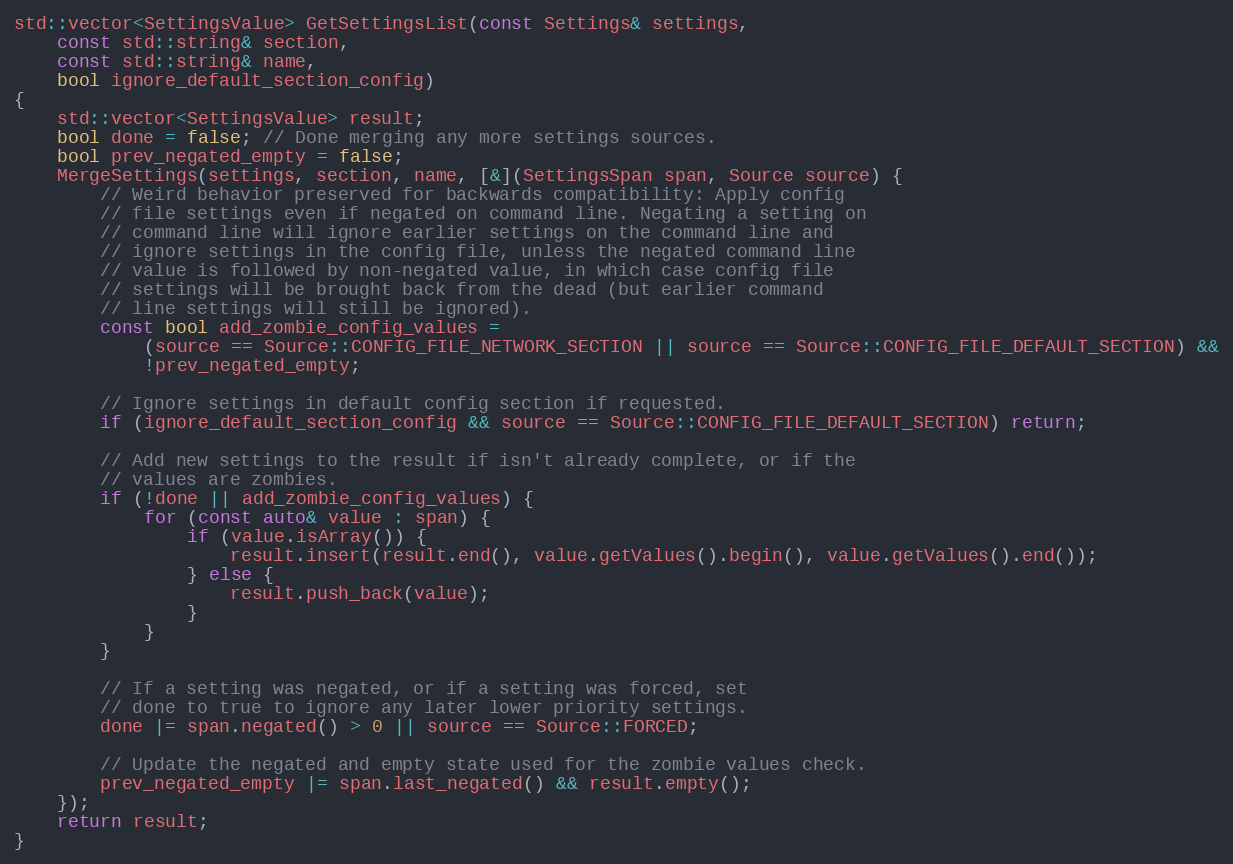
Language: C++
std::vector<SettingsValue> GetSettingsList(const Settings& settings,
    const std::string& section,
    const std::string& name,
    bool ignore_default_section_config)
{
    std::vector<SettingsValue> result;
    bool done = false; // Done merging any more settings sources.
    bool prev_negated_empty = false;
    MergeSettings(settings, section, name, [&](SettingsSpan span, Source source) {
        // Weird behavior preserved for backwards compatibility: Apply config
        // file settings even if negated on command line. Negating a setting on
        // command line will ignore earlier settings on the command line and
        // ignore settings in the config file, unless the negated command line
        // value is followed by non-negated value, in which case config file
        // settings will be brought back from the dead (but earlier command
        // line settings will still be ignored).
        const bool add_zombie_config_values =
            (source == Source::CONFIG_FILE_NETWORK_SECTION || source == Source::CONFIG_FILE_DEFAULT_SECTION) &&
            !prev_negated_empty;

        // Ignore settings in default config section if requested.
        if (ignore_default_section_config && source == Source::CONFIG_FILE_DEFAULT_SECTION) return;

        // Add new settings to the result if isn't already complete, or if the
        // values are zombies.
        if (!done || add_zombie_config_values) {
            for (const auto& value : span) {
                if (value.isArray()) {
                    result.insert(result.end(), value.getValues().begin(), value.getValues().end());
                } else {
                    result.push_back(value);
                }
            }
        }

        // If a setting was negated, or if a setting was forced, set
        // done to true to ignore any later lower priority settings.
        done |= span.negated() > 0 || source == Source::FORCED;

        // Update the negated and empty state used for the zombie values check.
        prev_negated_empty |= span.last_negated() && result.empty();
    });
    return result;
}